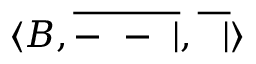
\langle B , { \overline { { - \ - \ | } } } , { \overline { { \ \ | } } } \rangle